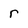
Character: r